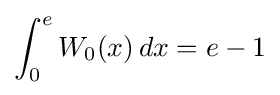
\int _{0}^{e}W_{0}(x)\,dx=e-1